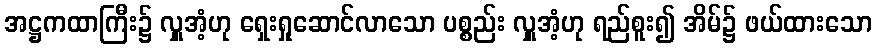
အဋ္ဌကထာကြီး၌ လှူအံ့ဟု ရှေးရှုဆောင်လာသော ပစ္စည်း လှူအံ့ဟု ရည်စူး၍ အိမ်၌ ဖယ်ထားသော